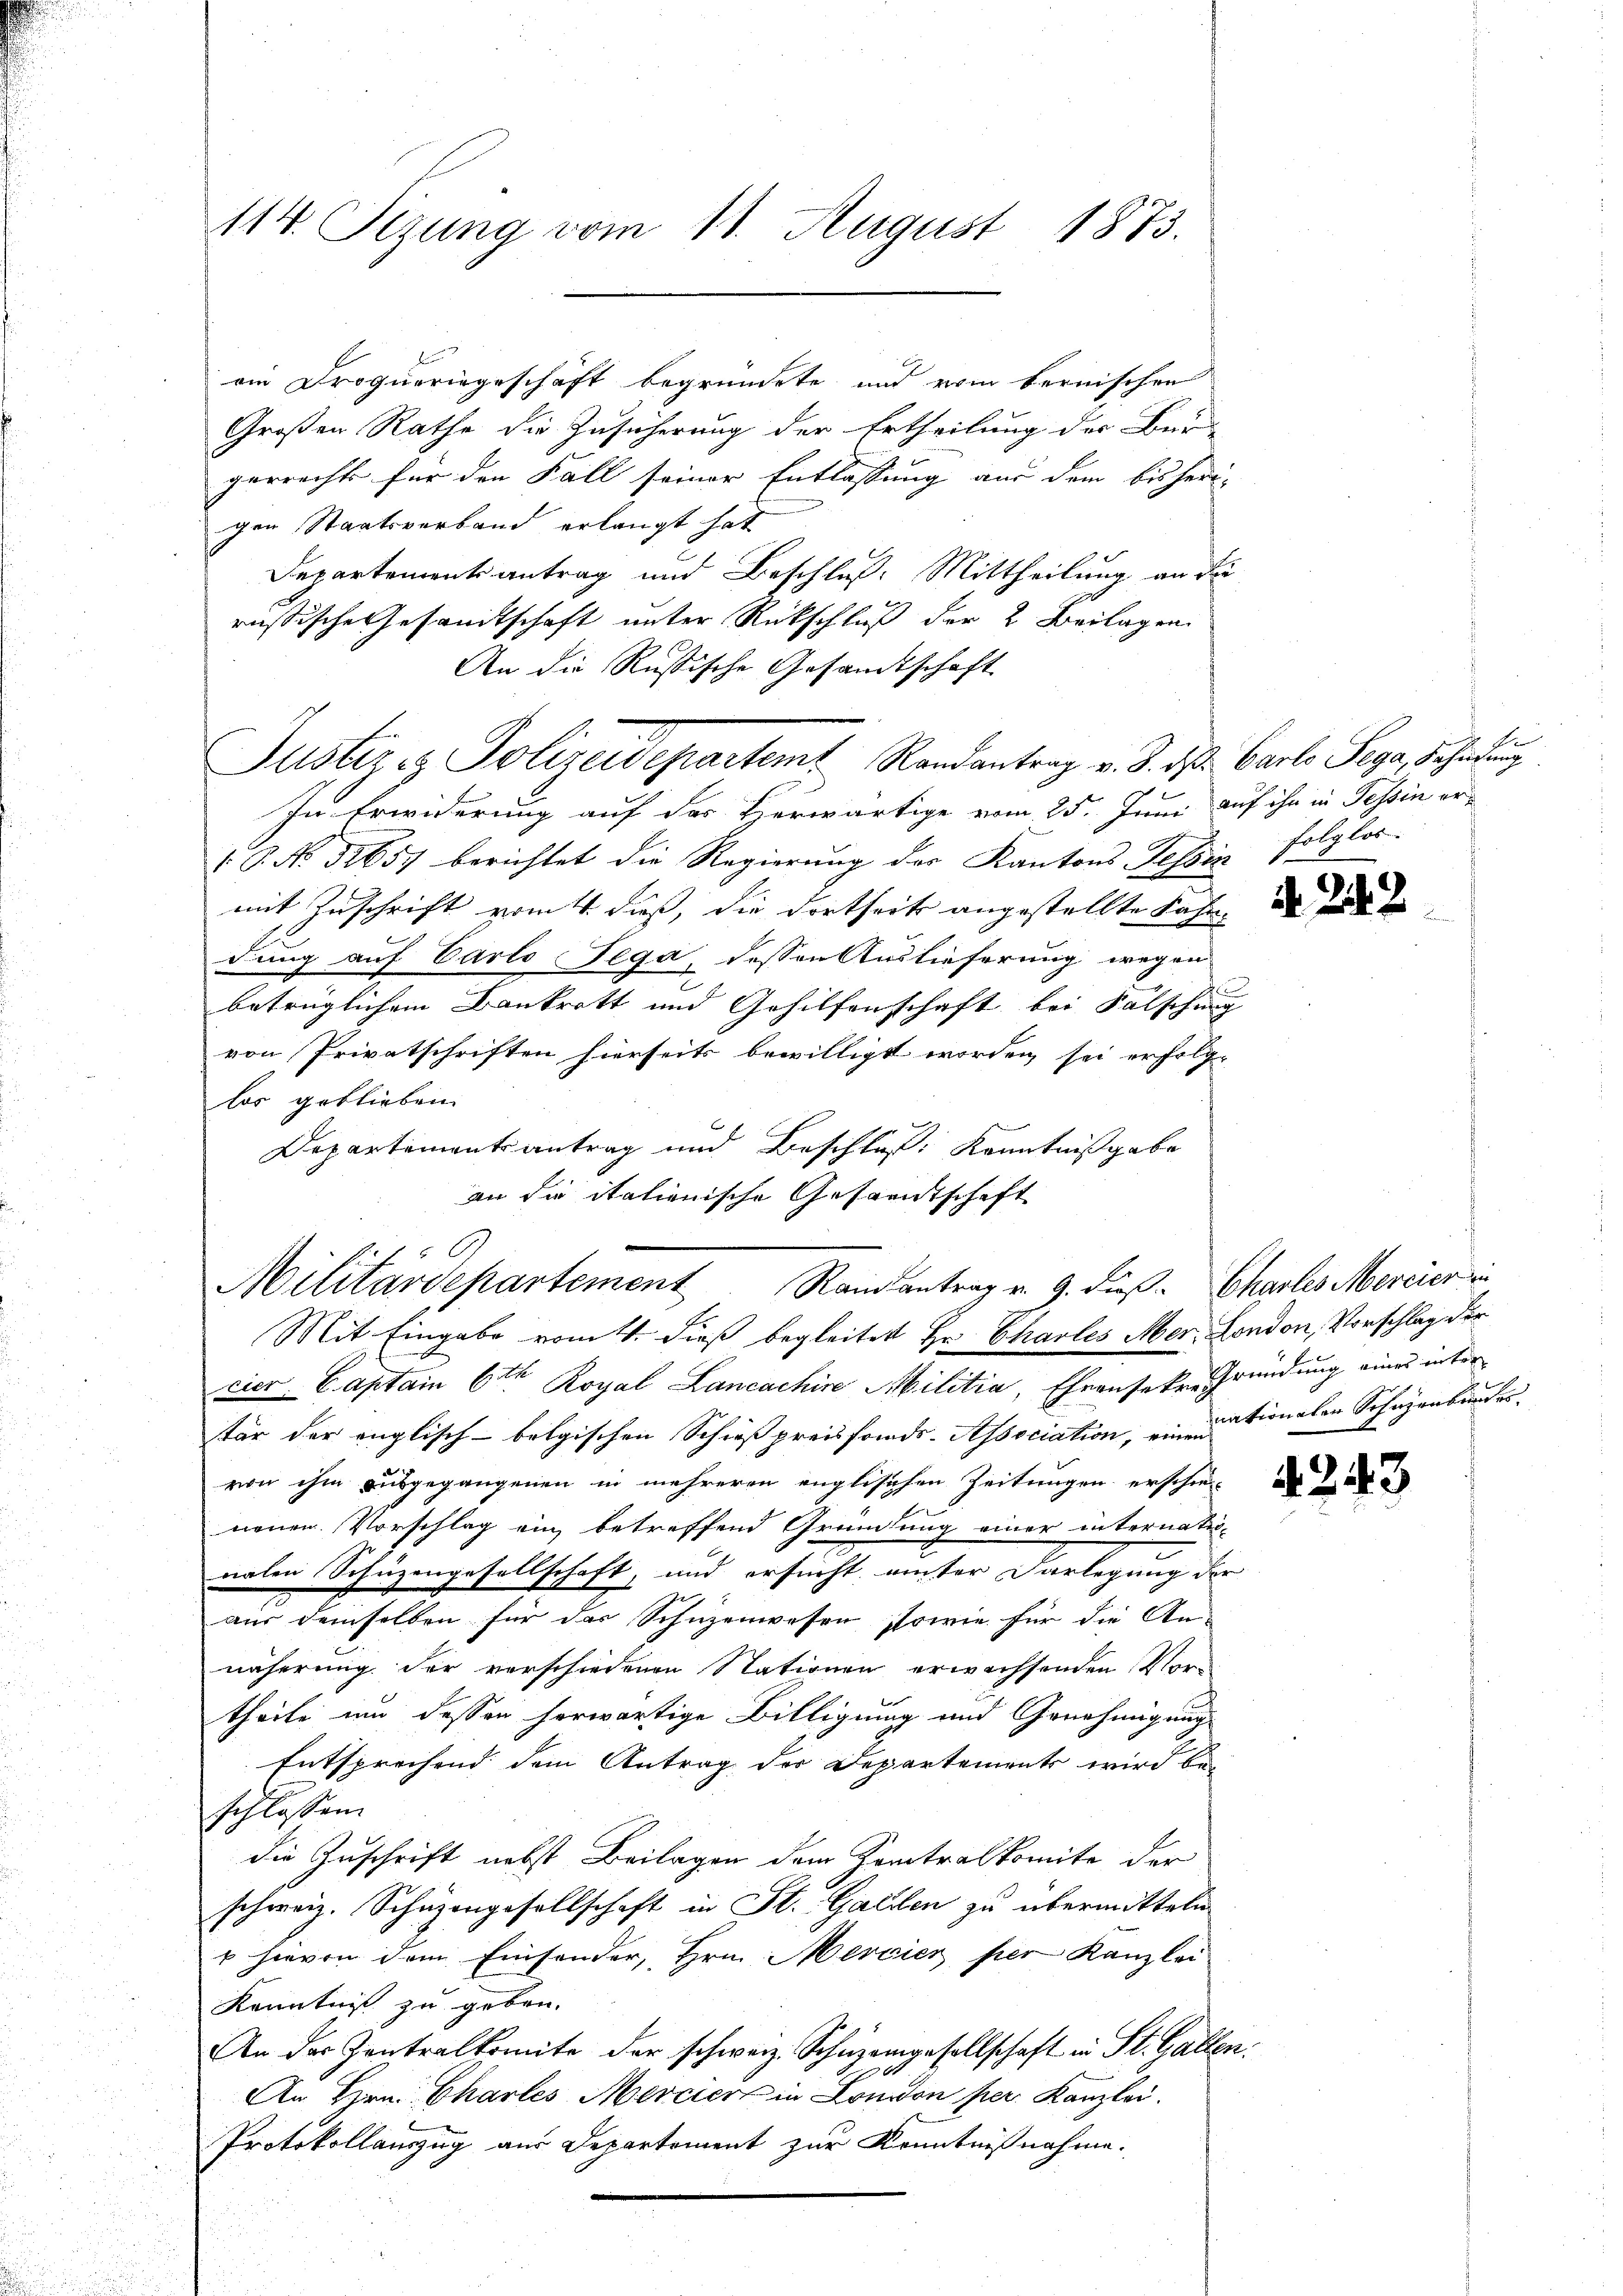
114. Sizung vom 11. August 1873.

Großen Rathe die Zusicherung der Ertheilung der Bur-
gerrecht für den Fall seiner Entlassung aus dem bisherig
ger Staatsverband erlangt hat
Departementsantrag und Beschluß: Mittheilung an die
russische Gesandtschaft unter Rückschluß der 2. Beilagen.
An die Russische Gesandtschaft
Justiz & Polizeidepartemt Randantrag v. 8. ds. Carlo Sega, Scheidung
In Erwiderung auf der Herwärtige vom 25. Juni auf ihn in Tessin er-
 P. No 11657 berichtet die Regierung der Kantons Tessin folglos-
mit Zuschrift vom 4. dieß, die dortseits angestellte Fahr-
dung auf Carlo Tega, dessen Auslieferung wegen
betrüglichem Bankrott und Gehilfenschaft bei Fälschung
von Privatschriften hierseits bewilligt worden sei erfolge
los geblieben.
Departementsantrag und Beschluß: Kenntnißgabe
an die itationische Gesandtschaft
Mit Eingabe vom 4. dieß begleitet Hr. Charles Mer. London, Vorschlag der
cier Captain 6ten Royal Lancachine Militia, Ehrensekre Gründung eines inter
tär der englisch-belgischen Schießpreisfords-Association, en rationalen Scheuenbundes.
von ihm ausgegangenen in mehreren englischen Zeitungen erschie-
neuen Vorschlag ein betreffend Gründung einer internati-
nalen Schüzengesellschaft, und ersucht, unter Darlegung der
aus demselben für das Schuzenwesen, sowie für die An-
näherung der verschiedenen Stationen erwachsenden Vortheile um dessen herwärtige Billigung und Genehmigung
Entsprechend dem Antrag der Departements wird beschlossen.
die Zuschrift nebst Beilagen dem Zentralkomite der
schweiz. Schäzengesellschaft in St. Gallen zu übermitteln
1 hievon dem Einsonder, Hrn. Mercier per Kanzlei
Kenntniß zu geben.
An der Zentralkomite der schweiz. Schüzengesellschaft in St. Gallen
An Hrn. Chartes Mercier in London per. Kanzlei.
Protokollauszug aus Departement zur Kenntnißnahme.

ein Droqueringeschäft begründete und vom bernischen

Militärdepartement Randantrag v. 9. dieß. Charles Mercier in

Fr

2

w

. 243.

4243